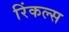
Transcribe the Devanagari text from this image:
रिंकल्स